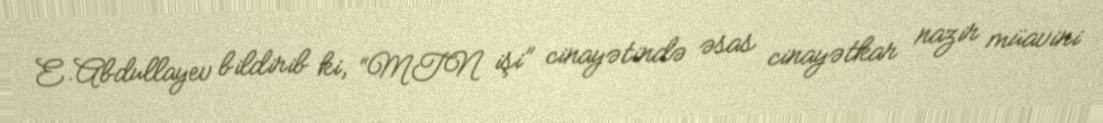
E.Abdullayev bildirib ki, “MTN işi” cinayətində əsas cinayətkar nazir müavini